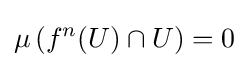
\mu \left(f^{n}(U)\cap U\right)=0